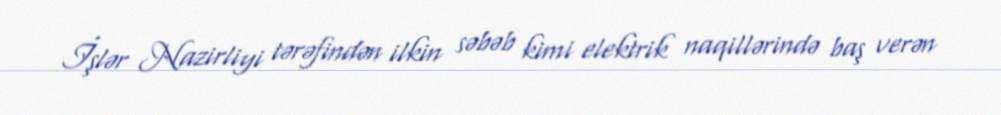
İşlər Nazirliyi tərəfindən ilkin səbəb kimi elektrik naqillərində baş verən